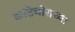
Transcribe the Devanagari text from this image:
कांडेचोराच्या